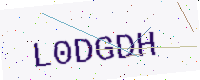
Text: L0DGDH